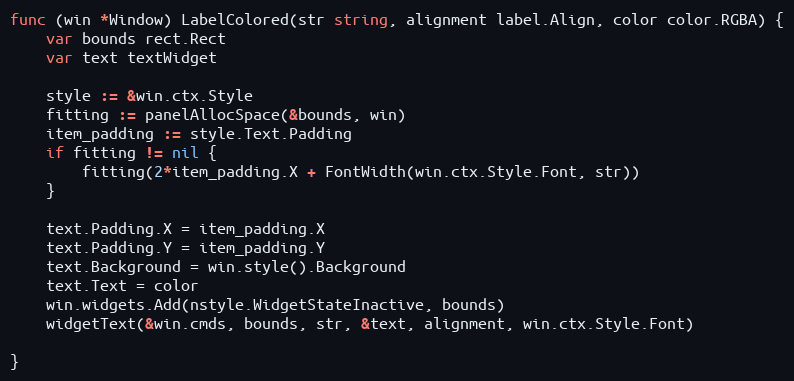
Language: Go
func (win *Window) LabelColored(str string, alignment label.Align, color color.RGBA) {
	var bounds rect.Rect
	var text textWidget

	style := &win.ctx.Style
	fitting := panelAllocSpace(&bounds, win)
	item_padding := style.Text.Padding
	if fitting != nil {
		fitting(2*item_padding.X + FontWidth(win.ctx.Style.Font, str))
	}

	text.Padding.X = item_padding.X
	text.Padding.Y = item_padding.Y
	text.Background = win.style().Background
	text.Text = color
	win.widgets.Add(nstyle.WidgetStateInactive, bounds)
	widgetText(&win.cmds, bounds, str, &text, alignment, win.ctx.Style.Font)

}